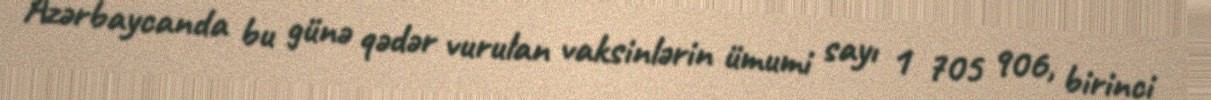
Azərbaycanda bu günə qədər vurulan vaksinlərin ümumi sayı 1 705 906, birinci